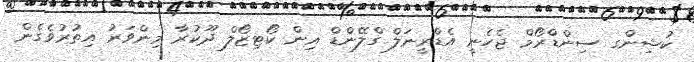
ކުޝިންގ ސިންޑްރޯމް ޖެހެނީ އެޑްރީނަލް ގްލޭންޑް އިން ކޯޓިޒޯލް ދޫކުރާ މިންވަރު އިތުރުވެގެން